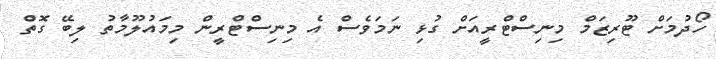
ހޯދުމަށް ޓޫރިޒަމް މިނިސްޓްރީއަށް ގުޅި ނަމަވެސް އެ މިނިސްޓްރީން މިމައުލޫމާތު ލިބޭ ގޮތް